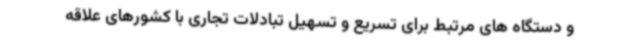
و دستگاه های مرتبط برای تسریع و تسهیل تبادلات تجاری با کشورهای علاقه